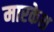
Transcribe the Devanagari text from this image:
मारकेश